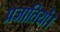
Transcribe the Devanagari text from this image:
प्रजातियों।